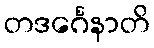
တဒင်္ဂေနာတိ